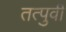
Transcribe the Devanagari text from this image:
तत्‍पुर्वी